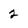
Character: 2